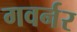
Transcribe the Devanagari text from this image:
गवर्नर